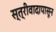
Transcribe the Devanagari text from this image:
स्त्रीवादापासून